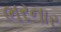
ભરનાર